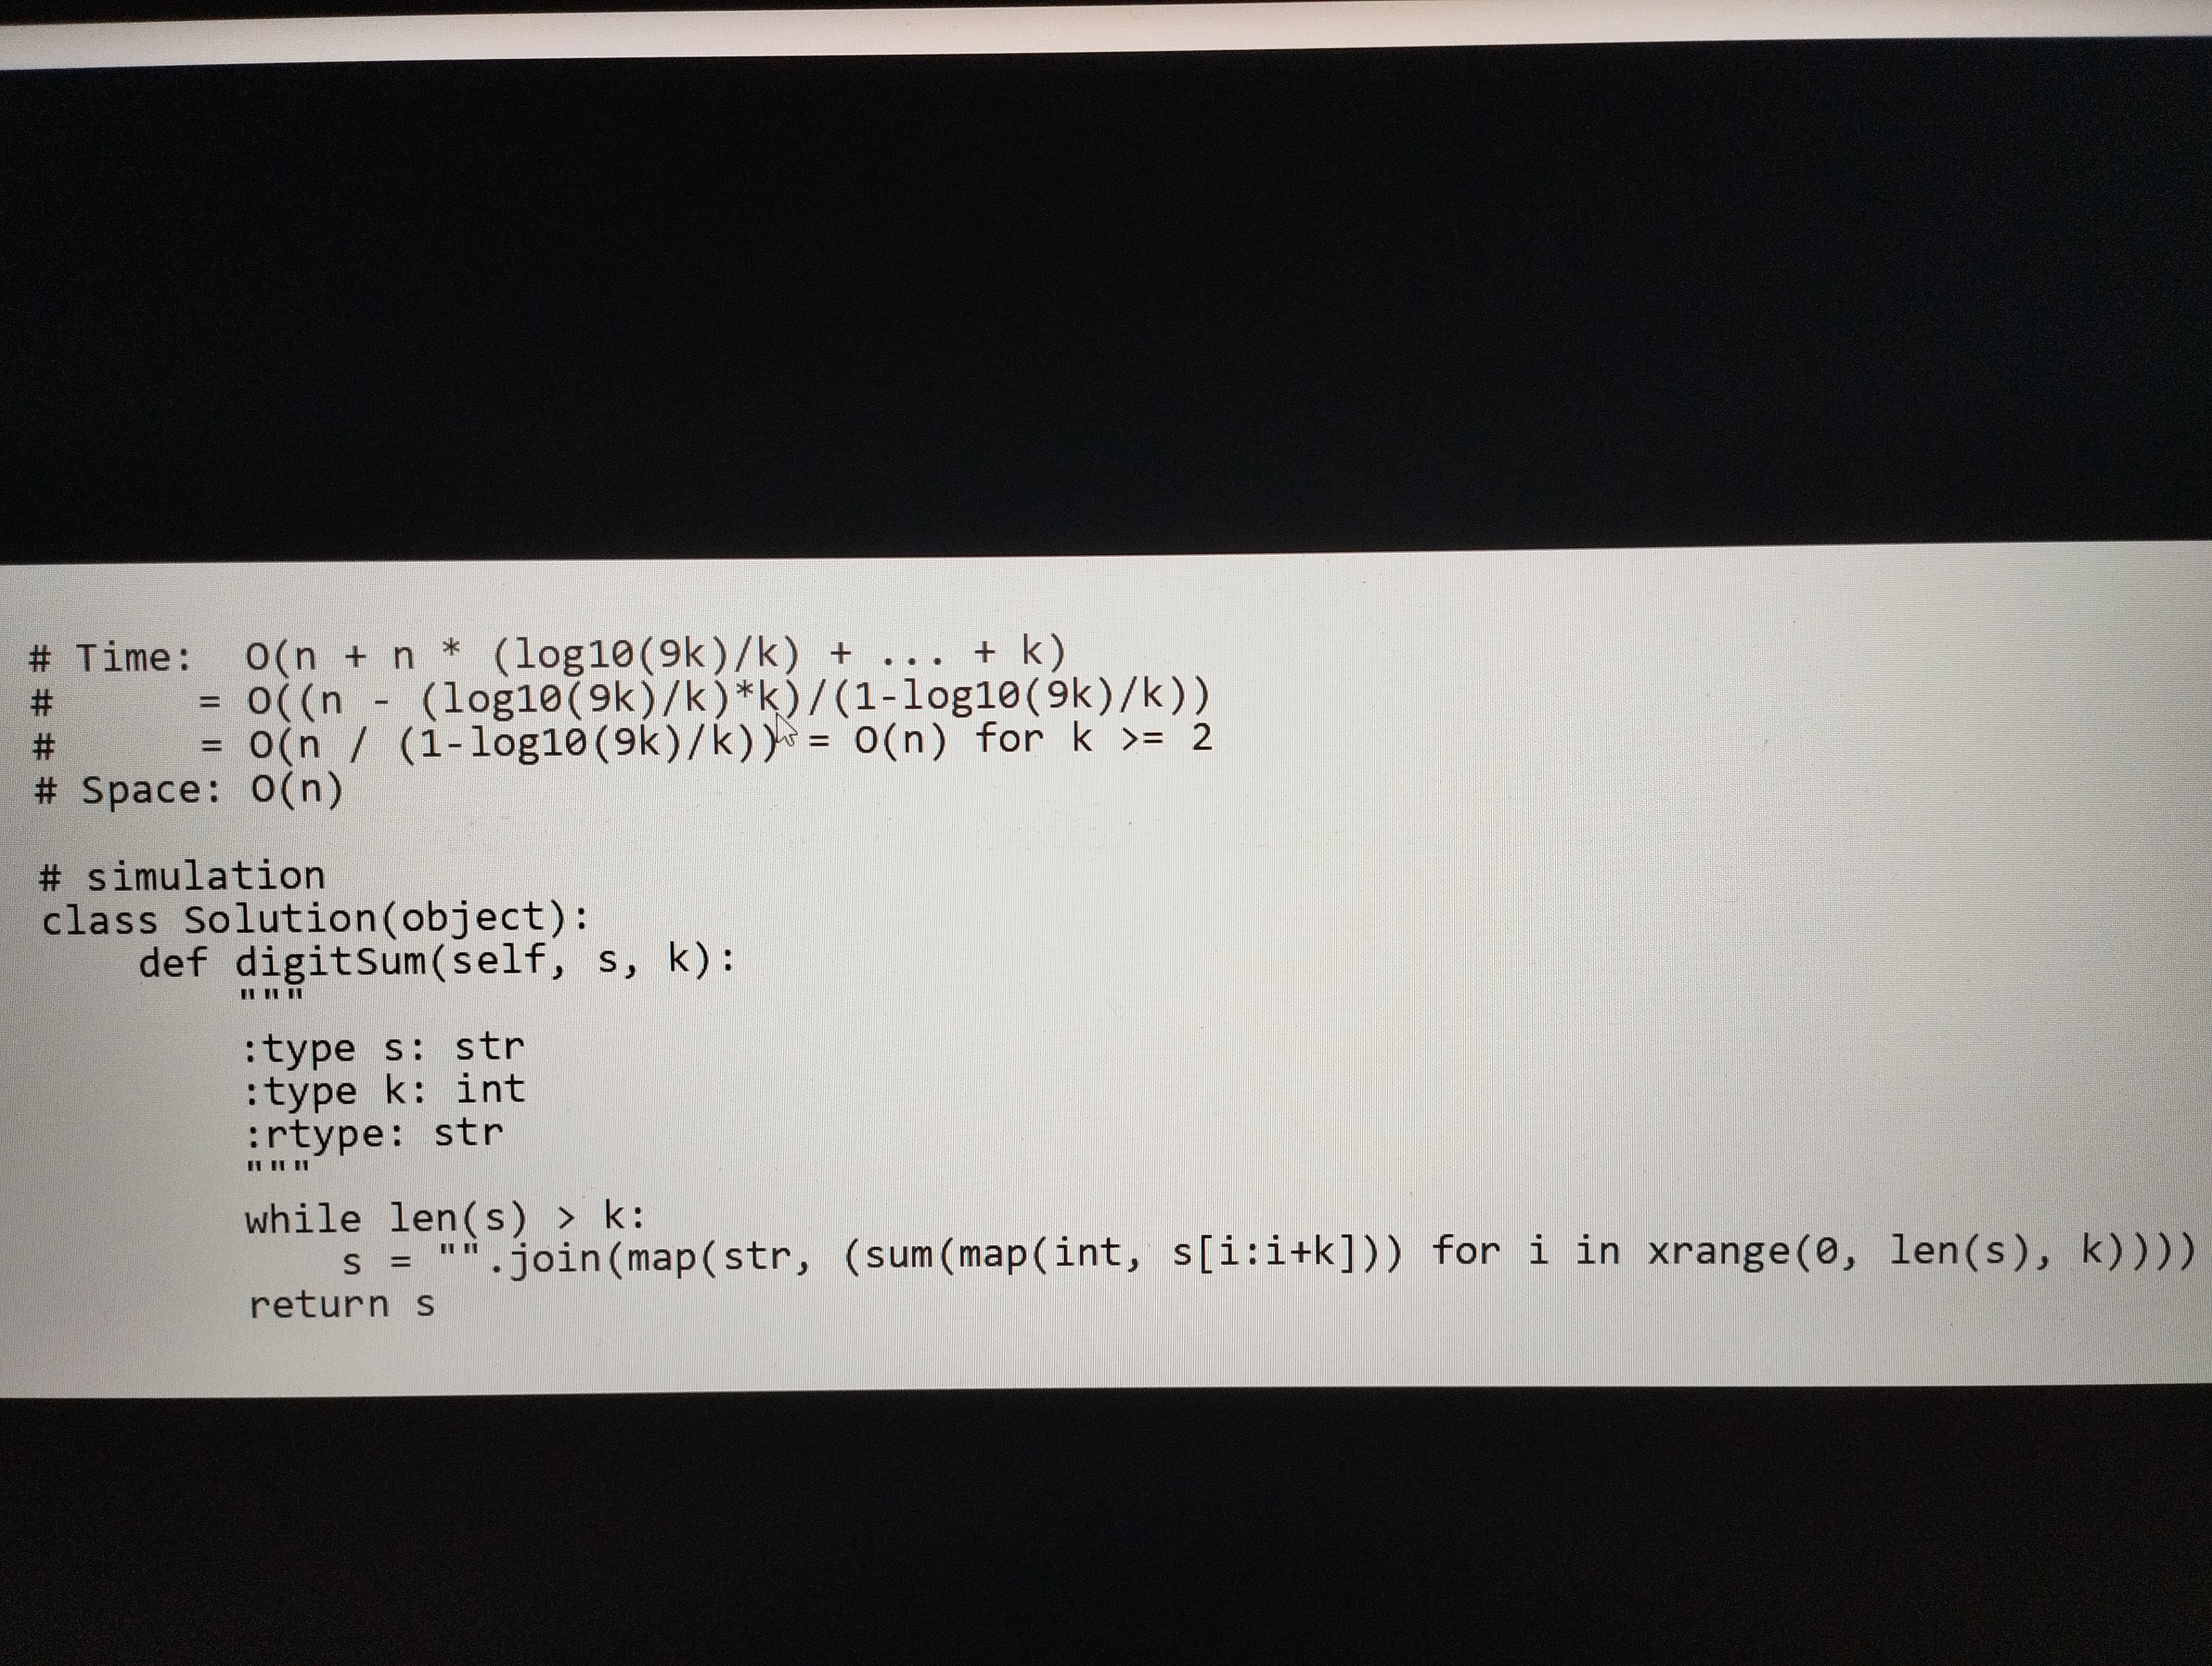
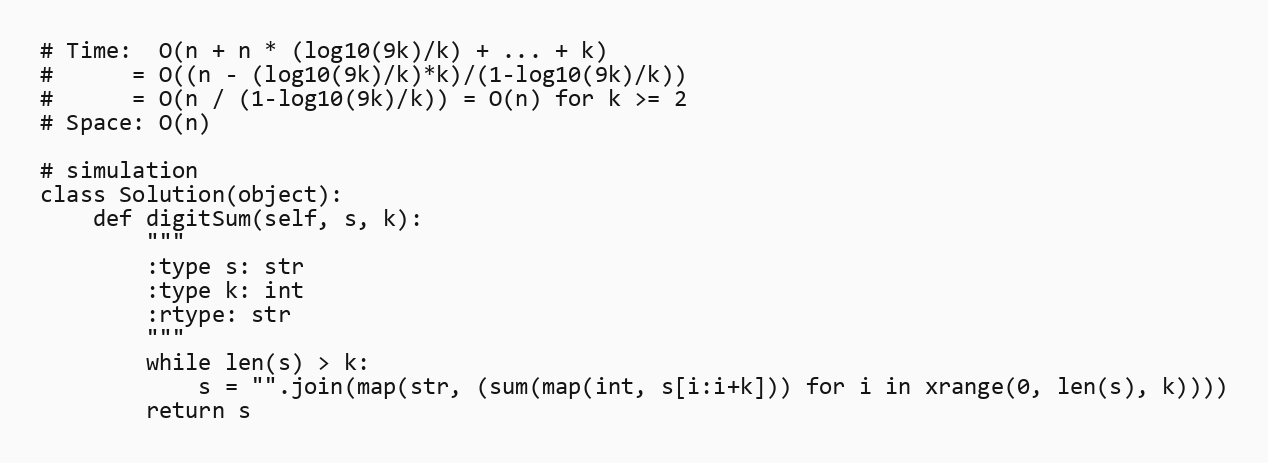
# Time:  O(n + n * (log10(9k)/k) + ... + k)
#      = O((n - (log10(9k)/k)*k)/(1-log10(9k)/k))
#      = O(n / (1-log10(9k)/k)) = O(n) for k >= 2
# Space: O(n)

# simulation
class Solution(object):
    def digitSum(self, s, k):
        """
        :type s: str
        :type k: int
        :rtype: str
        """
        while len(s) > k:
            s = "".join(map(str, (sum(map(int, s[i:i+k])) for i in xrange(0, len(s), k))))
        return s